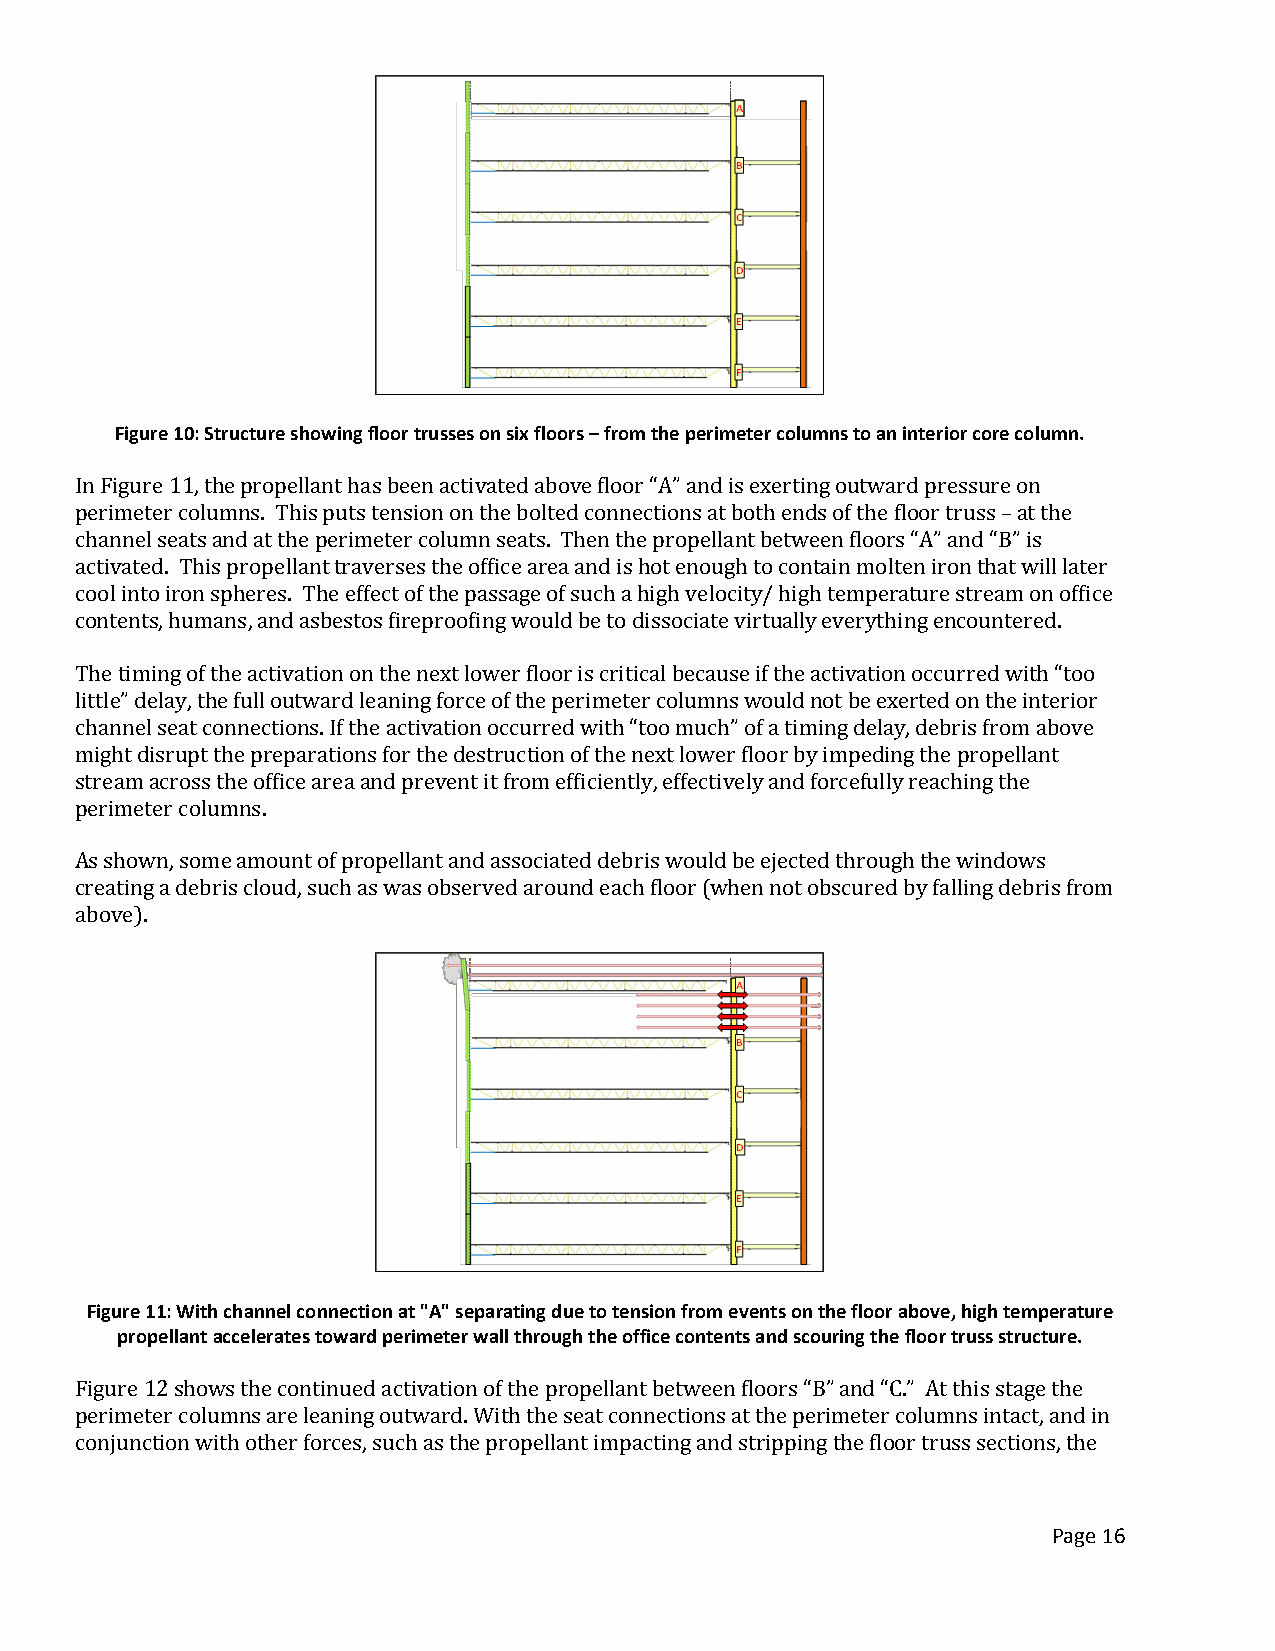
Figure 10: Structure showing floor trusses on six floors – from the perimeter columns to an interior core column.
 In Figure 11, the propellant has been activated above floor “A” and is exerting outward pressure on
 perimeter columns. This puts tension on the bolted connections at both ends of the floor truss – at the
 channel seats and at the perimeter column seats. Then the propellant between floors “A” and “B” is
 activated. This propellant traverses the office area and is hot enough to contain molten iron that will later
 cool into iron spheres. The effect of the passage of such a high velocity/ high temperature stream on office
 contents, humans, and asbestos fireproofing would be to dissociate virtually everything encountered.
 The timing of the activation on the next lower floor is critical because if the activation occurred with “too
 little” delay, the full outward leaning force of the perimeter columns would not be exerted on the interior
 channel seat connections. If the activation occurred with “too much” of a timing delay, debris from above
 might disrupt the preparations for the destruction of the next lower floor by impeding the propellant
 stream across the office area and prevent it from efficiently, effectively and forcefully reaching the
 perimeter columns.
 As shown, some amount of propellant and associated debris would be ejected through the windows
 creating a debris cloud, such as was observed around each floor (when not obscured by falling debris from
 above).
 Figure 11: With channel connection at "A" separating due to tension from events on the floor above, high temperature
 propellant accelerates toward perimeter wall through the office contents and scouring the floor truss structure.
 Figure 12 shows the continued activation of the propellant between floors “B” and “C.” At this stage the
 perimeter columns are leaning outward. With the seat connections at the perimeter columns intact, and in
 conjunction with other forces, such as the propellant impacting and stripping the floor truss sections, the
 Page 16